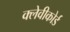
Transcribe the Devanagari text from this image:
क्लेवीकोर्ड